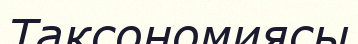
Таксономиясы